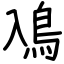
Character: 鳰